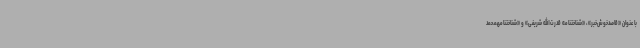
با عنوان «قاصدخوش‌خبر»، «شناختنامه قدرت‌الله شریفی» و «شناختنامهمحمد